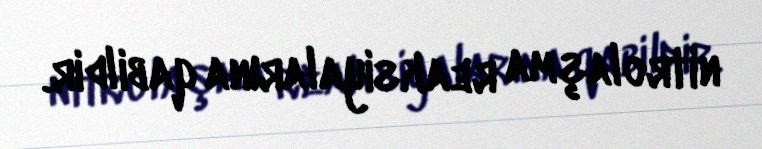
nitrolaşma reaksiyalarına qabildir.